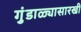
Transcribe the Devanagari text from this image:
गुंडाळ्यासारखी